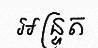
អន្ទ្រត